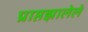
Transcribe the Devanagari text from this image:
प्राप्तझालेले